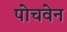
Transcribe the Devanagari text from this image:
पोचवेन